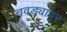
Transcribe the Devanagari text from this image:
चवड्यावर